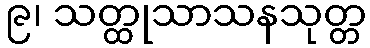
၉၊ သတ္ထုသာသနသုတ္တ